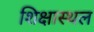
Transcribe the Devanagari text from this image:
शिक्षास्थल